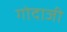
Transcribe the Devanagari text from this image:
गोदाजी